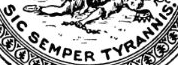
SIC SEMPER TYRANNIS